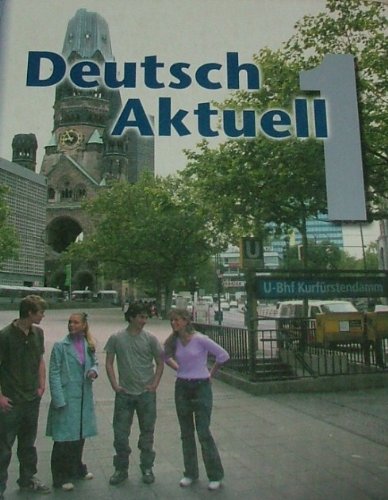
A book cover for Deutsch Aktuell: Level 1 (German Edition); Wolfgang Kraft; Teen & Young Adult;